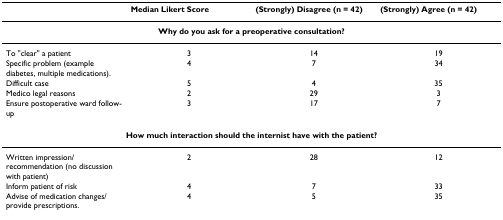
<table><thead><tr><td></td><td><b>Median Likert Score</b></td><td><b>(Strongly) Disagree (n = 42)</b></td><td><b>(Strongly) Agree (n = 42)</b></td></tr></thead><tbody><tr><td colspan="4"><b>Why do you ask for a preoperative consultation?</b></td></tr><tr><td>To &quot;clear&quot; a patient</td><td>3</td><td>14</td><td>19</td></tr><tr><td>Specific problem (example diabetes, multiple medications).</td><td>4</td><td>7</td><td>34</td></tr><tr><td>Difficult case</td><td>5</td><td>4</td><td>35</td></tr><tr><td>Medico legal reasons</td><td>2</td><td>29</td><td>3</td></tr><tr><td>Ensure postoperative ward follow-up</td><td>3</td><td>17</td><td>7</td></tr><tr><td colspan="4"><b>How much interaction should the internist have with the patient?</b></td></tr><tr><td>Written impression/recommendation (no discussion with patient)</td><td>2</td><td>28</td><td>12</td></tr><tr><td>Inform patient of risk</td><td>4</td><td>7</td><td>33</td></tr><tr><td>Advise of medication changes/provide prescriptions.</td><td>4</td><td>5</td><td>35</td></tr></tbody></table>